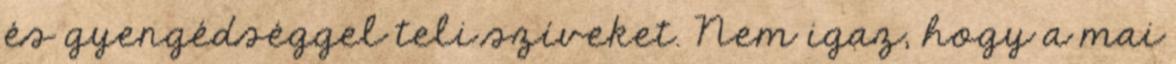
és gyengédséggel teli szíveket. Nem igaz, hogy a mai